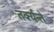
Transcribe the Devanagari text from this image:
तर्क्यन्ते